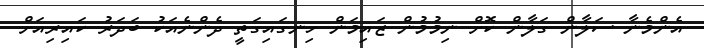
އެންމެނާ ސަލާން ގަލާން ކޮށް ނިމުމުން ޒައިމަން ހިނގައިގަތީ ދެންނެއަކު ބަދަރު ކައިރިއަށް